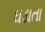
ઘડાતા